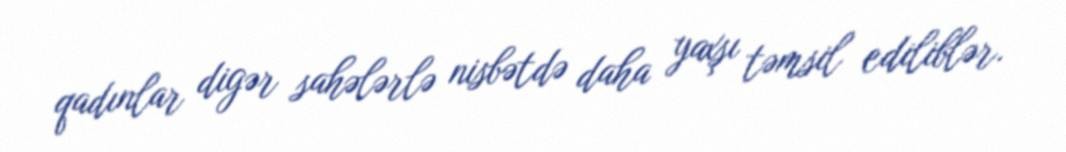
qadınlar digər sahələrlə nisbətdə daha yaxşı təmsil ediliblər.